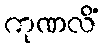
ကုဏလိံ